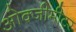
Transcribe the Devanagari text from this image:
ओक्जीमीटर